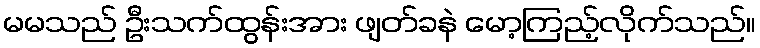
မမသည် ဦးသက်ထွန်းအား ဖျတ်ခနဲ မော့ကြည့်လိုက်သည်။